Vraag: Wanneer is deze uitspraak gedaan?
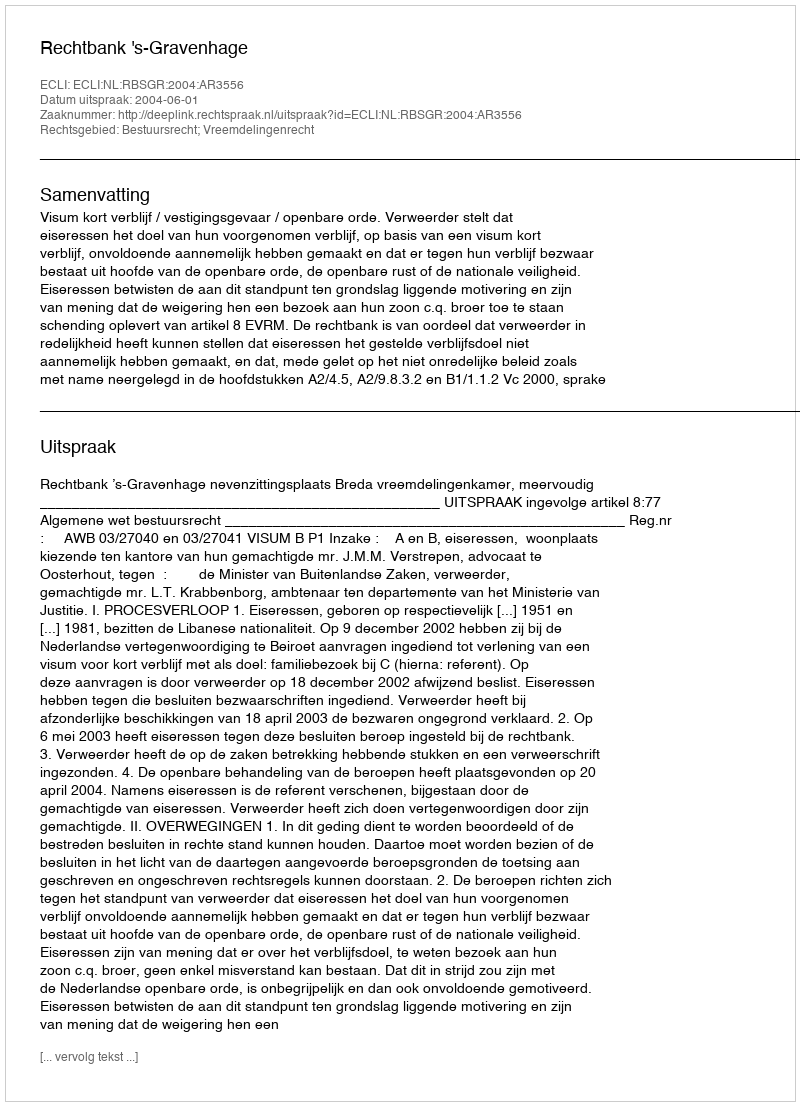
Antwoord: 2004-06-01